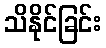
သိနိုင်ခြင်း